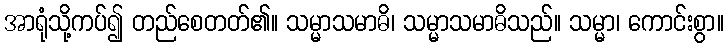
အာရုံသို့ကပ်၍ တည်စေတတ်၏။ သမ္မာသမာဓိ၊ သမ္မာသမာဓိသည်။ သမ္မာ၊ ကောင်းစွာ။